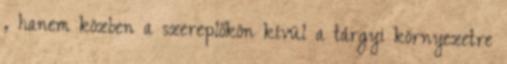
, hanem közben a szereplőkön kívül a tárgyi környezetre